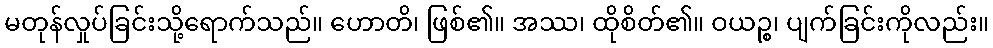
မတုန်လှုပ်ခြင်းသို့ရောက်သည်။ ဟောတိ၊ ဖြစ်၏။ အဿ၊ ထိုစိတ်၏။ ဝယဉ္စ၊ ပျက်ခြင်းကိုလည်း။